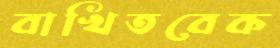
বাখিতবেক